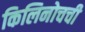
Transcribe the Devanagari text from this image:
किलिनोचची